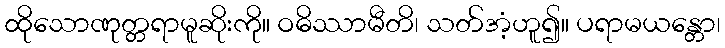
ထိုသောဏုတ္တရာမူဆိုးကို။ ဝဓိဿာမီတိ၊ သတ်အံ့ဟူ၍။ ပရာမယန္တော၊